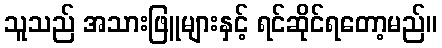
သူသည် အသားဖြူများနှင့် ရင်ဆိုင်ရတော့မည်။